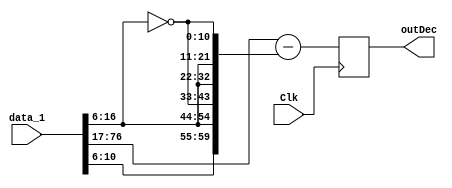
module decrypt_function_3 (Clk,data_1,outDec);
    input Clk;
    input [77:0]data_1;
    reg  [10:0]rand_9;
    output [59:0]outDec;
    reg [59:0]outDec;
    reg [59:0]b;
    reg [60:0]y;
    reg [60:0]x;
    always @(posedge Clk) begin
        rand_9=data_1[16:6];
        b[10:0]=~rand_9;
        b[21:11]=rand_9;
        b[32:22]=rand_9;
        b[43:33]=~rand_9;
        b[54:44]=rand_9;
        b[59:55]=rand_9[4:0];
        y=data_1[77:17];
        x=y-b;
        outDec=x[59:0];
    end
endmodule